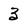
Character: 3